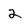
Character: 2